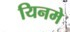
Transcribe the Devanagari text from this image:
यिनमे